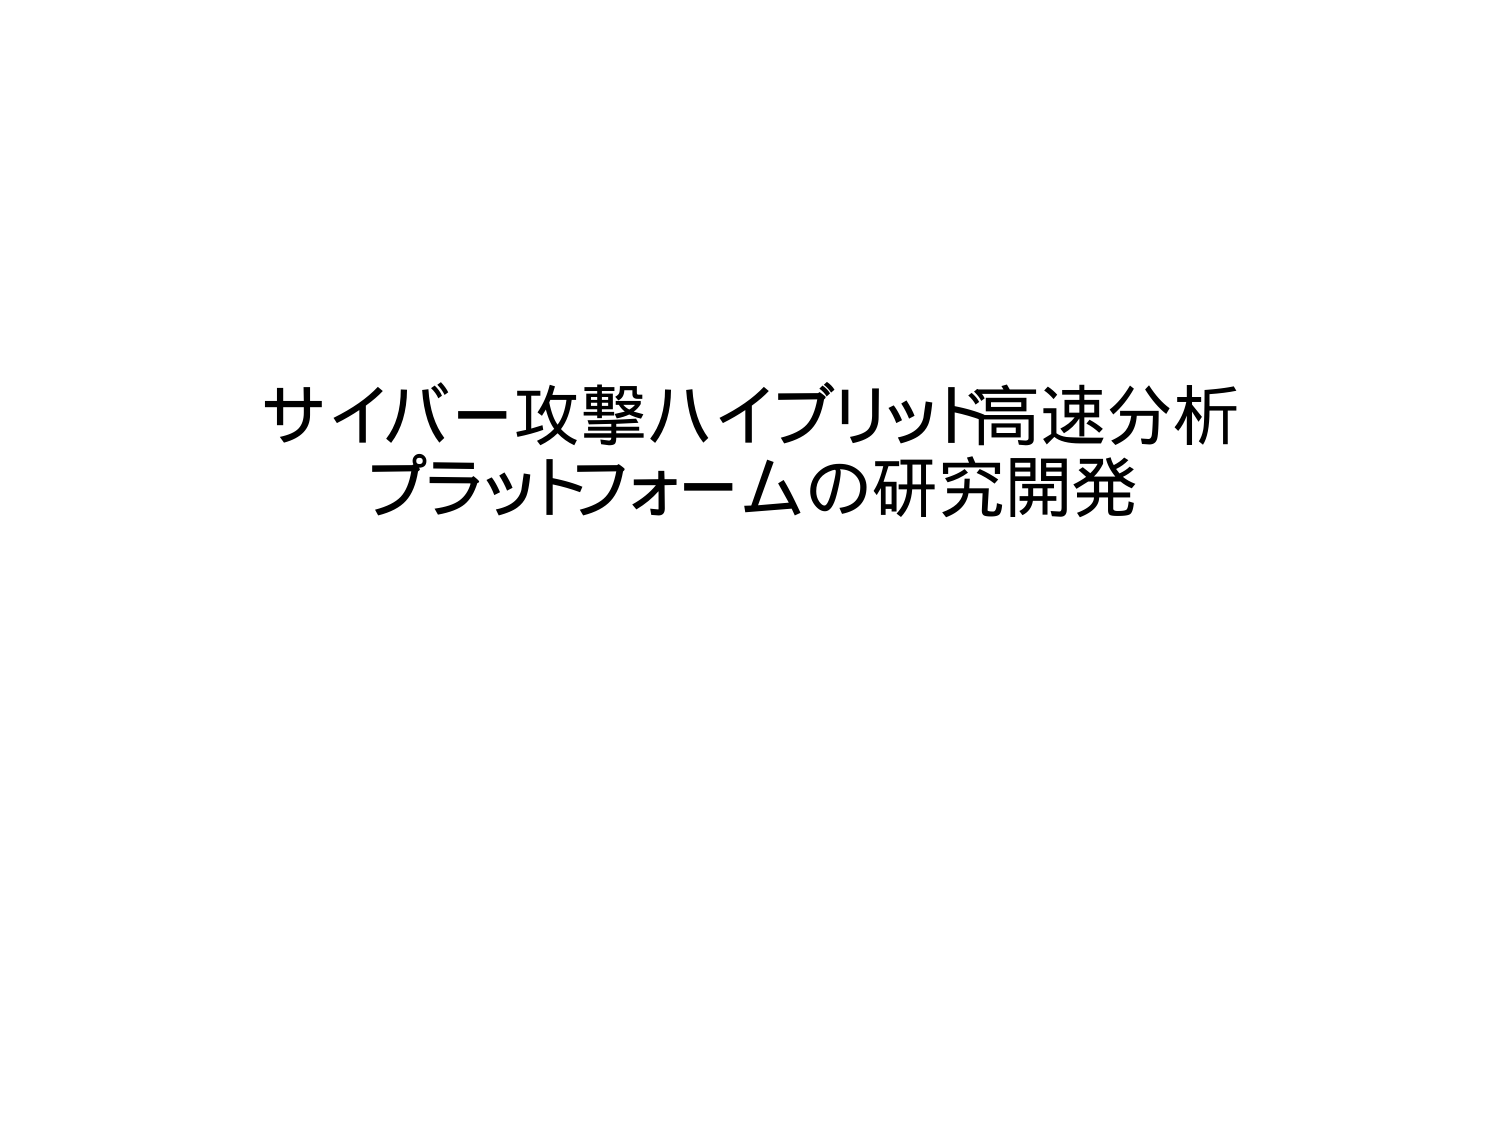
サイバー攻撃ハイブリッド高速分析
プラットフォームの研究開発